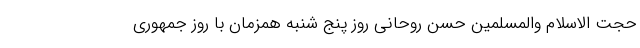
حجت الاسلام والمسلمین حسن روحانی روز پنج شنبه همزمان با روز جمهوری